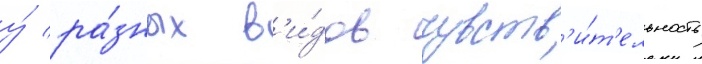
у́ ра́зных в'и́дов чувств'и́т'ельность